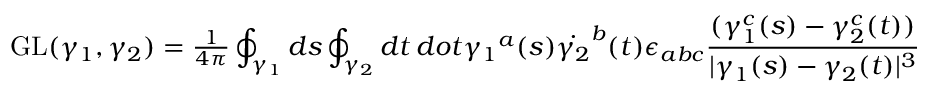
\mathrm { G L } ( \gamma _ { 1 } , \gamma _ { 2 } ) = { \textstyle { \frac { 1 } { 4 \pi } } } \oint _ { \gamma _ { 1 } } d s \oint _ { \gamma _ { 2 } } d t \, d o t { \gamma _ { 1 } } ^ { a } ( s ) \dot { \gamma _ { 2 } } ^ { b } ( t ) \epsilon _ { a b c } { \frac { ( \gamma _ { 1 } ^ { c } ( s ) - \gamma _ { 2 } ^ { c } ( t ) ) } { | \gamma _ { 1 } ( s ) - \gamma _ { 2 } ( t ) | ^ { 3 } } }